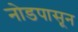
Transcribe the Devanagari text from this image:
नोडपासून